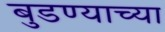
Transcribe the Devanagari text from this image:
बुडण्याच्या